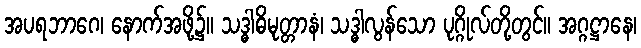
အပရဘာဂေ၊ နောက်အဖို့၌။ သဒ္ဓါဓိမုတ္တာနံ၊ သဒ္ဓါလွန်သော ပုဂ္ဂိုလ်တို့တွင်။ အဂ္ဂဋ္ဌာနေ၊